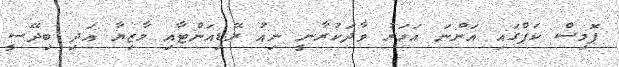
ޕޮމިސް ކަޕްގައި އަންނަ އަހަރު ވާދަކުރާނީ ނިއު ރޭޑިއަންޓާއި މާޒިޔާ އަދި ބިދޭސީ